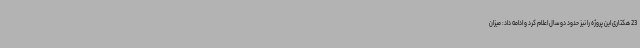
23 هکتاری این پروژه را نیز حدود دو سال اعلام کرد و ادامه داد: میزان